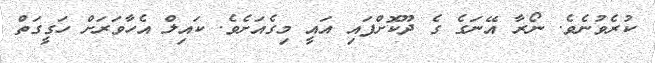
ކުރެވުނެވެ. ނޯރާ އޭނަގެ ގެ ދޫކޮށްފައި އައީ މިގެއަށެވެ. ކައިލް އެހާވަރަށް ހަގީގަތް